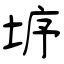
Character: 垿